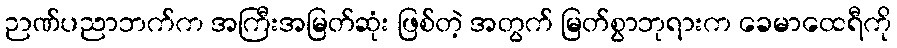
ဉာဏ်ပညာဘက်က အကြီးအမြတ်ဆုံး ဖြစ်တဲ့ အတွက် မြတ်စွာဘုရားက ခေမာထေရီကို